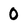
Character: 0